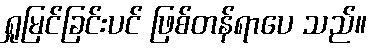
ရှုမြင်ခြင်းပင် ဖြစ်တန်ရာပေ သည်။